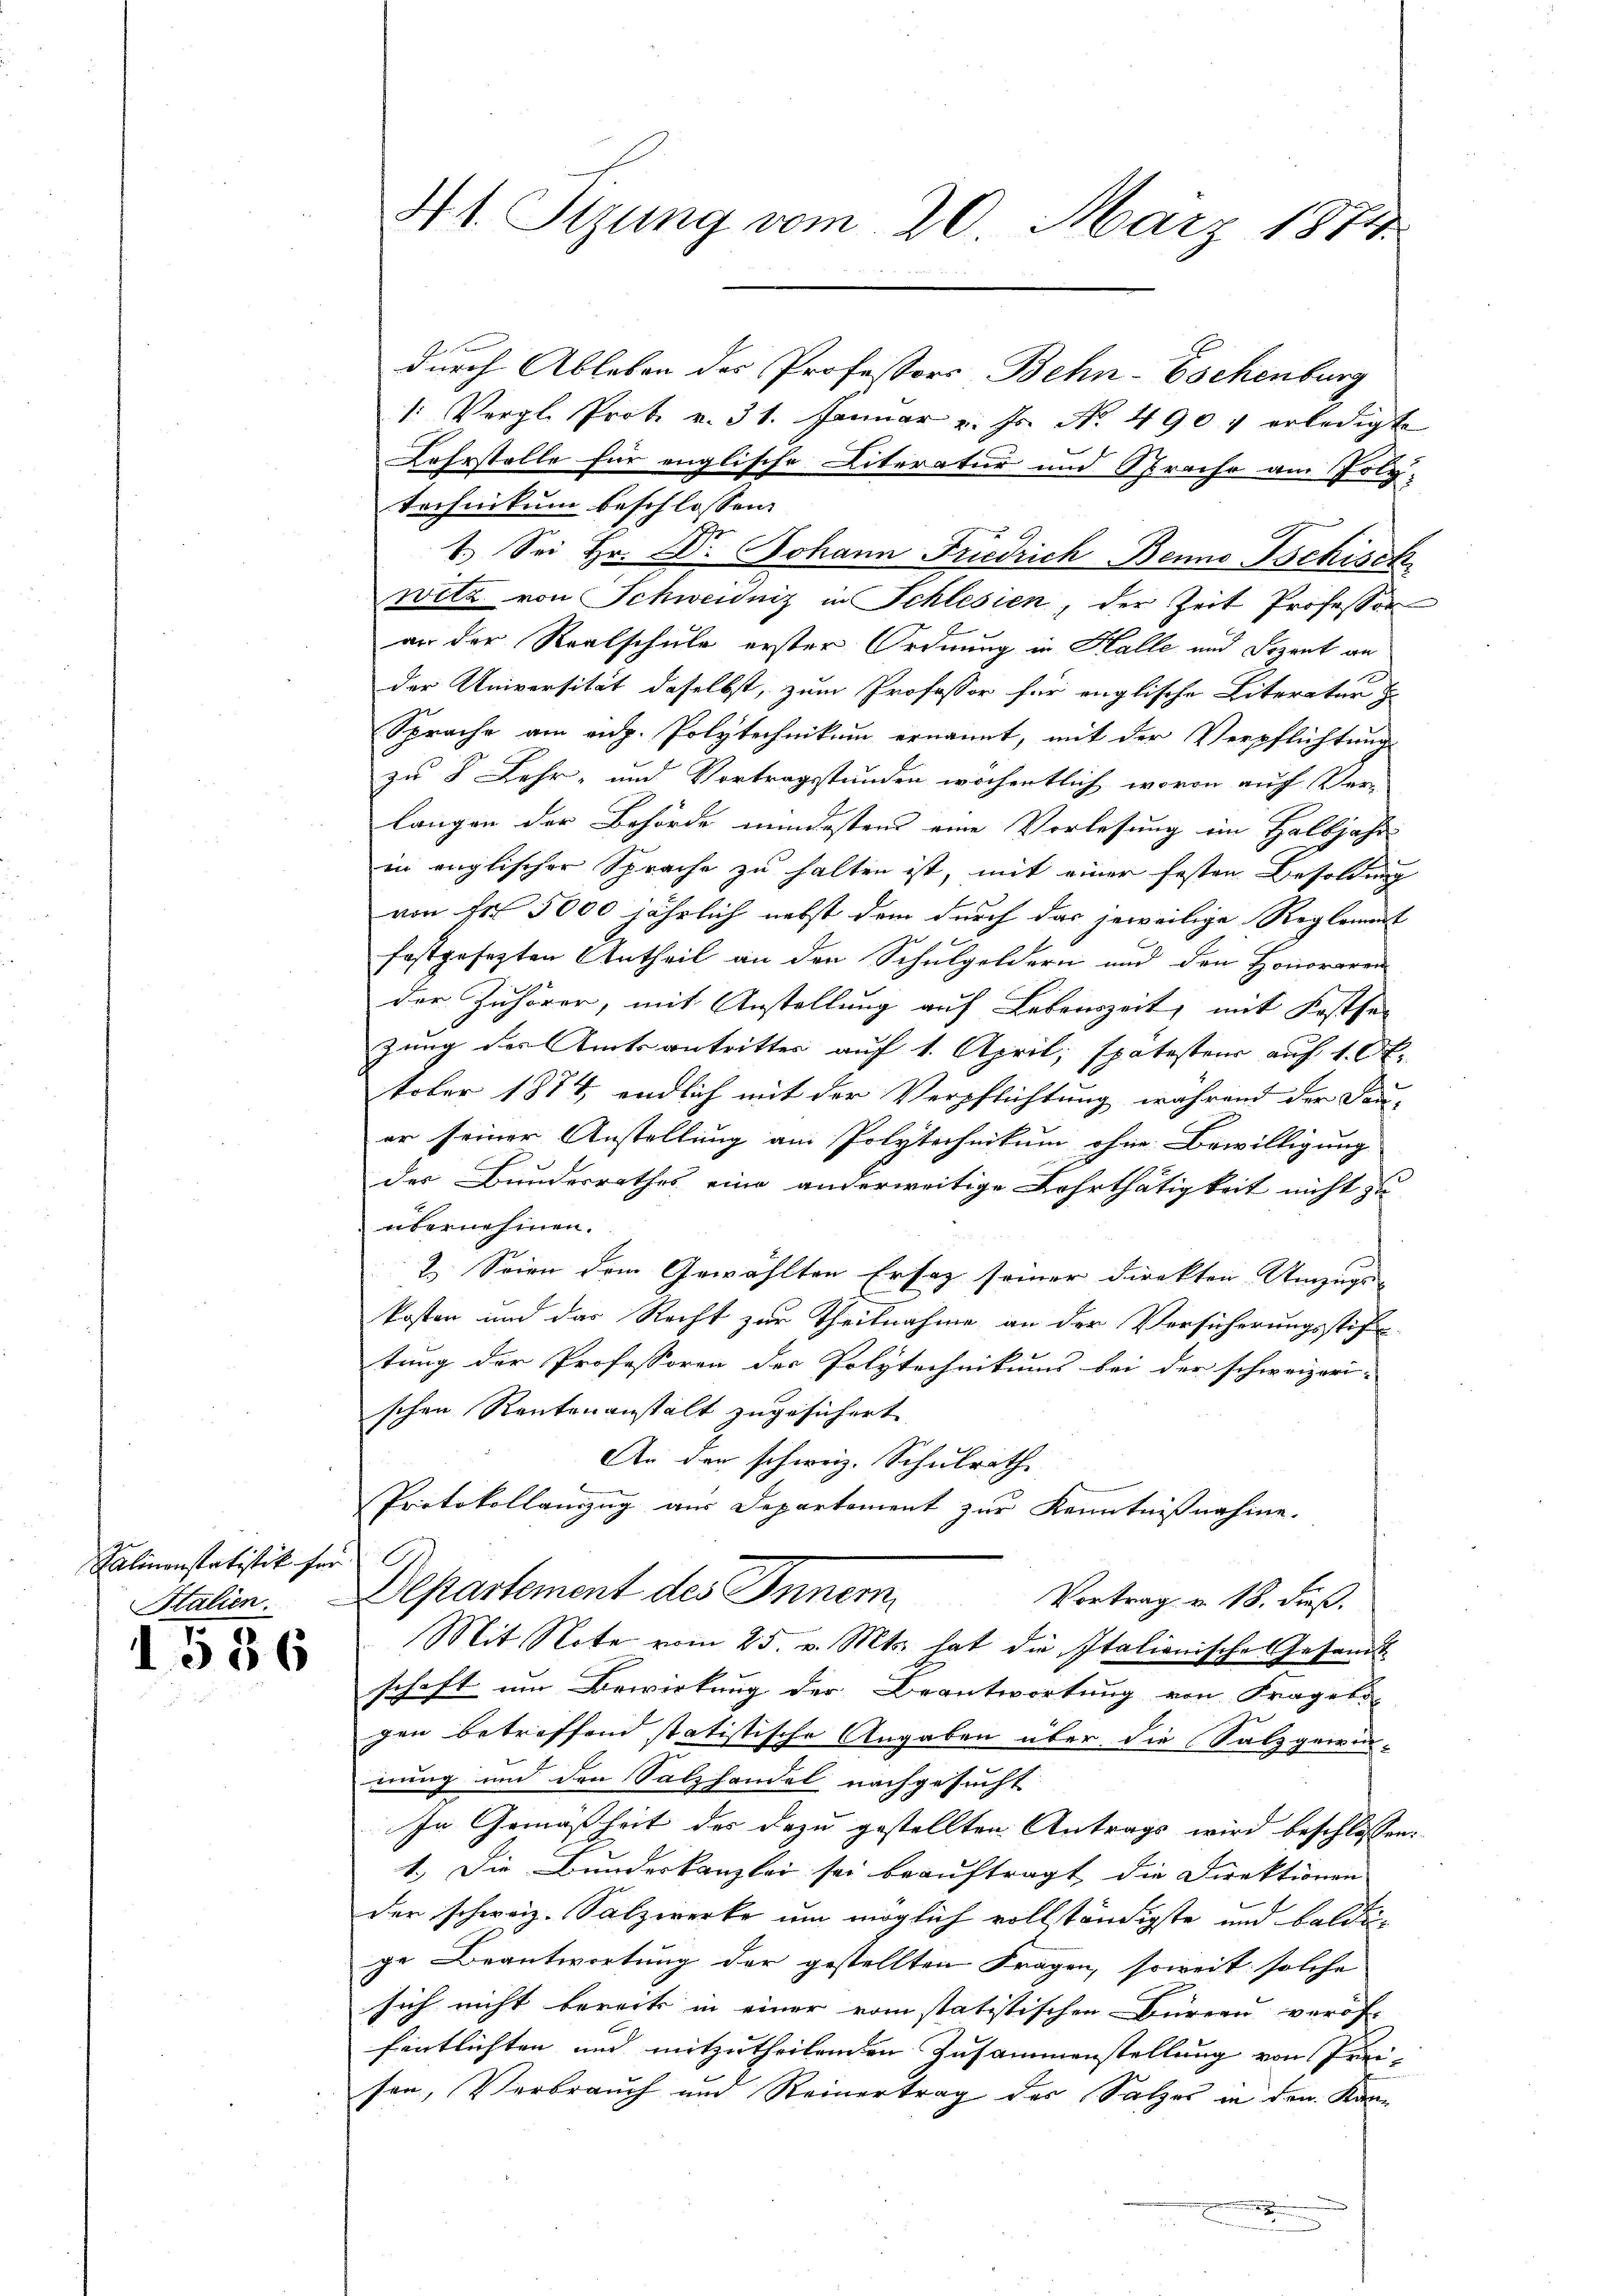
Salinenstatistik für

1586

durch Ableben des Professors Behn-Eschenburg
1: Vergl. Prok. v. 31. Januar v. Js. No. 4907 erledigte
Lehrstelle für englische Literatur und Sprache am Poly-
technikum beschlossen:
1. Sei Hr. Dr. Johann Friedrich Benno Tschisch
witz von Schweidniz in Schlesien, der Zeit Professor
an der Realschule erster Ordnung in Halle und Dozent an
der Universität daselbst, zum Professor für englische Literatur z
Sprache am aug. Polytechnikum ernannt, mit der Verpflichtungs
zu 8 Lehr- und Vortragsstunden wöchentlich, wovon auch Ver-
langen der Behörde mindestens eine Vorlesung ein Halbjahr
in englischer Sprache zu halten ist, mit einer festen Besoldung
von Fr. 5000 jährlich nebst dem durch das jeweilige Reglement
festgesezten Antheil an den Schulgeldern und den Honoraren
der Zuhörer, mit Anstellung auf Lebenszeit, mit Kosten
zung des Amtsantrittes auf 1. April, spätesteur auf 1. Ok
tober 1874, endlich mit der Verpflichtung während der Saner seiner Anstellung am Polytechnikum ohne Bewilligung
des Bundesrathes eine anderweitige Fahrthätigkeit nicht zu
übernehmen.
2. Seien dem Gewählten Ersatz seiner Direkten Umzugs-
E
kosten und das Recht zur Theilnahme an der Versicherungsstifte
tung der Professoren der Polytechnikums bei der schweizeri-
schen Rentenanstalt zugesichert
An den schweiz. Schulrath
Protokollanzug aus Departement zur Kenntnißnahme.
.
Stalien. Departement des Inner, Vortrag v. 18. dieß
Mit Note vom 25. v. Mts. hat die Italienische Gesandtschaft um Bewirkung der Beantwortung von Frages
gen betreffend statistische Angaben über die Salzgewin-
nung und den Salzhandel nachgesucht
In Gemäßheit des dazu gestellten Antrags wird beschlossen:
1.) Die Bunderkanzlei sei beauftragt, die Direktionen
der schweiz. Salzwerke um möglich vollständigste und baldige Beantwortung der gestellten Fragen, soweit solche
sich nicht bereits in einer vom statistischen Bureau veröffentlichten und mitzutheilenden Zusammenstellung von Frei-
sen, Verbrauch und Reinertrag des Salzes in den Kan¬
.
2

41 Sizung vom 20. März 1874.